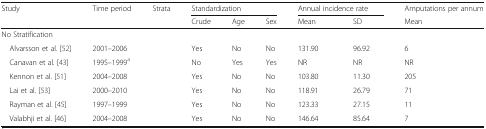
<table><thead><tr><td><b>Study</b></td><td><b>Time period</b></td><td><b>Strata</b></td><td colspan="3"><b>Standardization</b></td><td colspan="2"><b>Annual incidence rate</b></td><td><b>Amputations per annum</b></td></tr><tr><td></td><td></td><td></td><td><b>Crude</b></td><td><b>Age</b></td><td><b>Sex</b></td><td><b>Mean</b></td><td><b>SD</b></td><td><b>Mean</b></td></tr></thead><tbody><tr><td colspan="9">No Stratification</td></tr><tr><td> Alvarsson et al. [52]</td><td>2001–2006</td><td></td><td>Yes</td><td>No</td><td>No</td><td>131.90</td><td>96.92</td><td>6</td></tr><tr><td> Canavan et al. [43]</td><td>1995–1999<sup>a</sup></td><td></td><td>No</td><td>Yes</td><td>Yes</td><td>NR</td><td>NR</td><td>NR</td></tr><tr><td> Kennon et al. [51]</td><td>2004–2008</td><td></td><td>Yes</td><td>No</td><td>No</td><td>103.80</td><td>11.30</td><td>205</td></tr><tr><td> Lai et al. [53]</td><td>2000–2010</td><td></td><td>Yes</td><td>No</td><td>No</td><td>118.91</td><td>26.79</td><td>71</td></tr><tr><td> Rayman et al. [45]</td><td>1997–1999</td><td></td><td>Yes</td><td>No</td><td>No</td><td>123.33</td><td>27.15</td><td>11</td></tr><tr><td> Valabhji et al. [46]</td><td>2004–2008</td><td></td><td>Yes</td><td>No</td><td>No</td><td>146.64</td><td>85.64</td><td>7</td></tr></tbody></table>